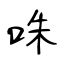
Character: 咮